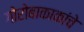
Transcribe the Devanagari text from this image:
गोरोबाकाकांचे